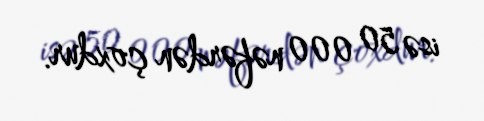
isə 50 000 nəfərdən çoxdur.